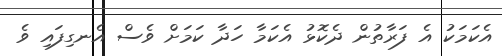
އެކަމަކު އެ ފަރާތުން ދެކޮޅު އެކަމާ ހަދާ ކަމަށް ވެސް އެނގިފައި ވެ